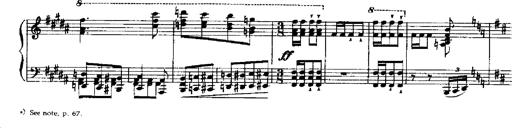
Title: RÃ©miniscences de Robert le diable
Composer: Franz Liszt